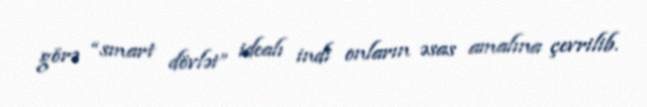
görə “smart dövlət” idealı indi onların əsas amalına çevrilib.